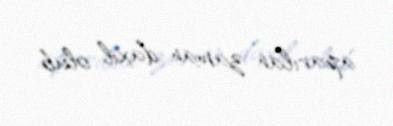
aparılan zaman daxil olub.